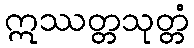
ဣဿတ္တသုတ္တံ